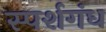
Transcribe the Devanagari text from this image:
स्पर्शगंध